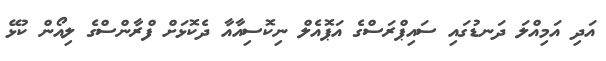
އަދި އަމިއްލަ ދަނޑުގައި ސައިޕްރަސްގެ އަޕޮއެލް ނިކޮސިއާއާ ދެކޮޅަށް ފްރާންސްގެ ލިއޯން ކުޅޭ